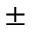
\pm